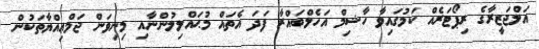
އަލްޖަޒީރާގެ ރިޕޯޓަރެއް ކަމުގައިވާ ހާޝިމް އަހެލްބައްރާ ފަދަ އެތައް މުޙައްލިލުންނާއި މިނިވަން ޖަމްޢިއްޔާތަކުން